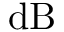
\mathrm { d B }